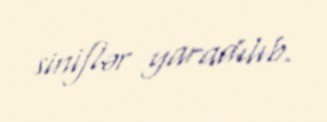
siniflər yaradılıb.